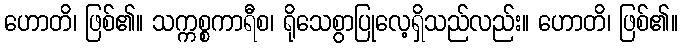
ဟောတိ၊ ဖြစ်၏။ သက္ကစ္စကာရီစ၊ ရိုသေစွာပြုလေ့ရှိသည်လည်း။ ဟောတိ၊ ဖြစ်၏။